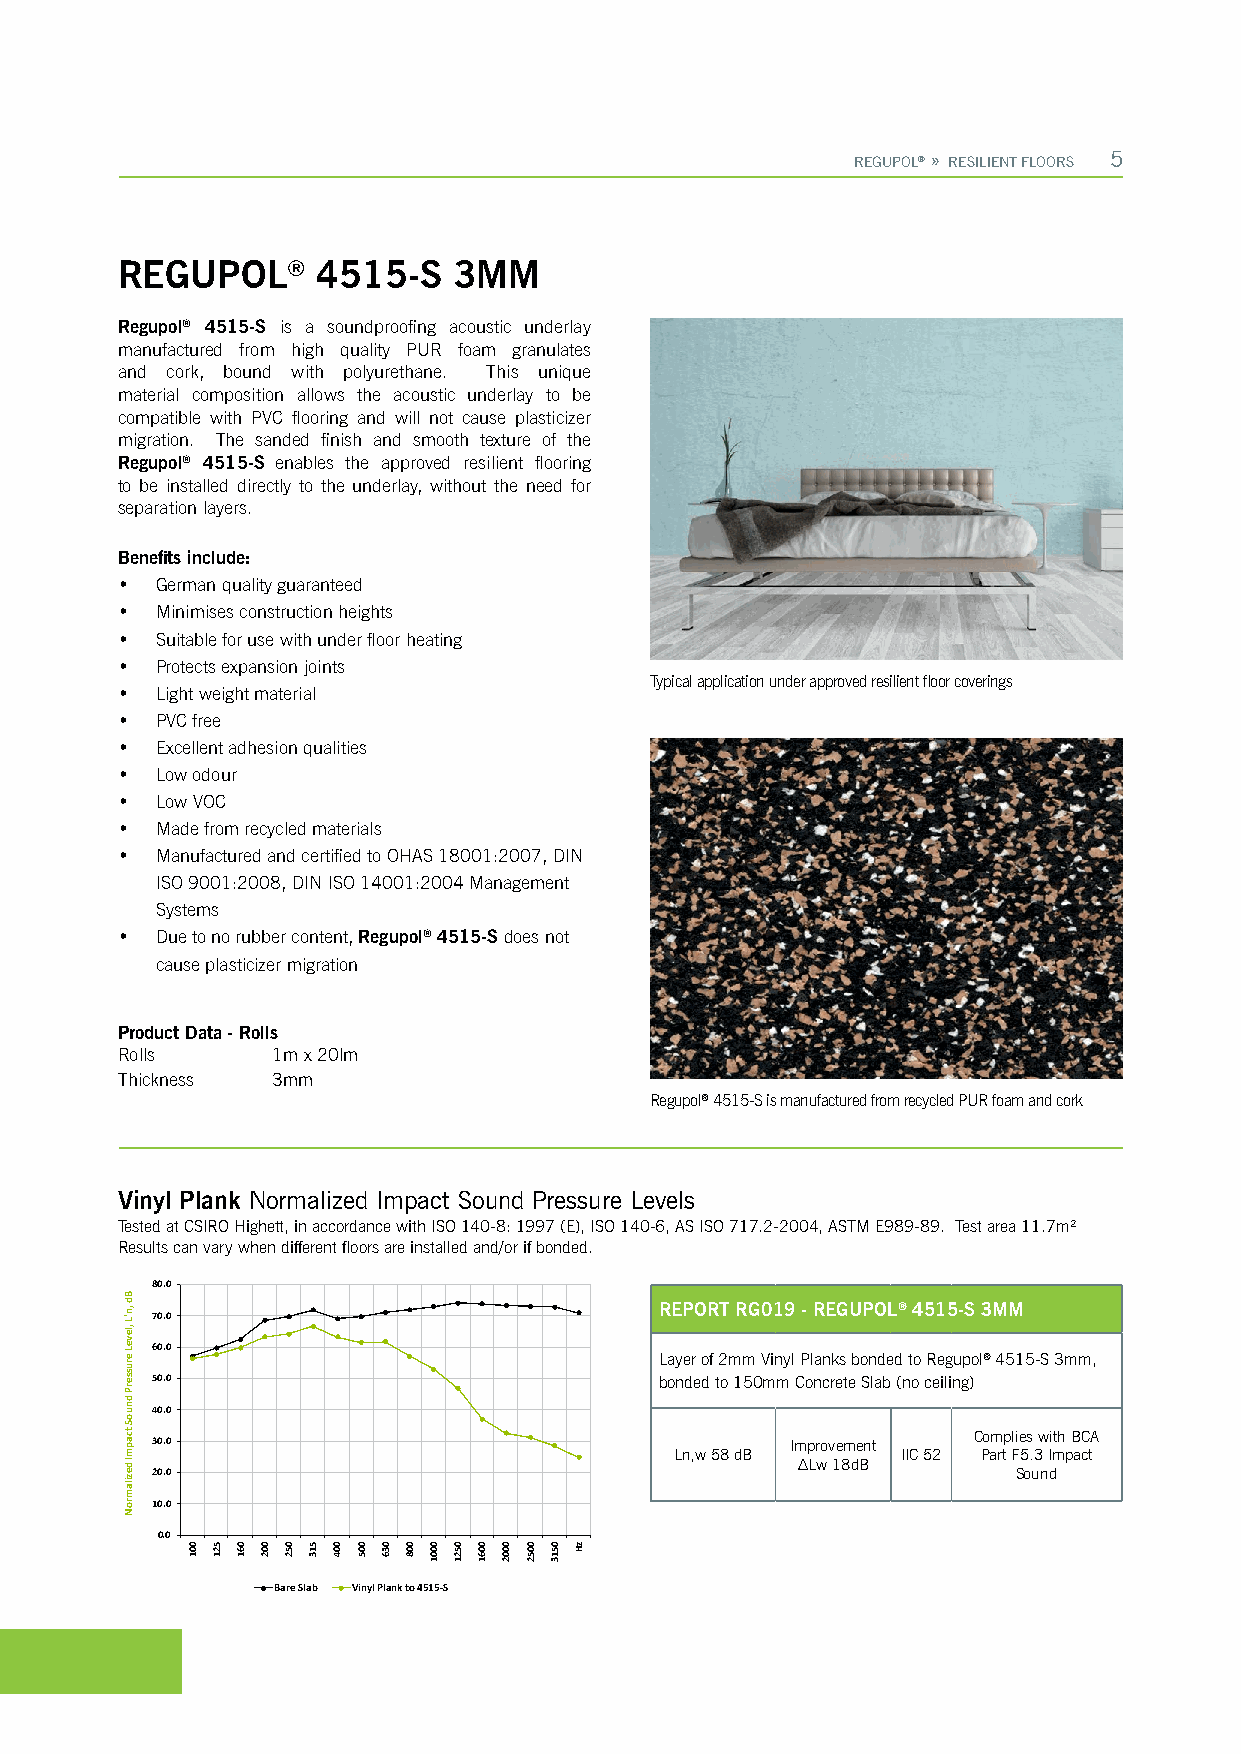
REGUPOL® » RESILIENT FLOORS 5
 REGUPOL®     4515-S   3MM
 Regupol® 4515-S is a soundproofing acoustic underlay
 manufactured from high quality PUR foam granulates
 and cork, bound with polyurethane. This unique
 material composition allows the acoustic underlay to be
 compatible with PVC flooring and will not cause plasticizer
 migration. The sanded finish and smooth texture of the
 Regupol® 4515-S enables the approved resilient flooring
 to be installed directly to the underlay, without the need for
 separation layers.
 Benefits include:
 • German quality guaranteed
 • Minimises construction heights
 • Suitable for use with under floor heating
 • Protects expansion joints
 Typical application under approved resilient floor coverings
 • Light weight material
 • PVC free
 • Excellent adhesion qualities
 • Low odour
 • Low VOC
 • Made from recycled materials
 • Manufactured and certified to OHAS 18001:2007, DIN
 ISO 9001:2008, DIN ISO 14001:2004 Management
 Systems
 • Due to no rubber content, Regupol® 4515-S does not
 cause plasticizer migration
 Product Data - Rolls
 Rolls     1m x 20lm
 Thickness 3mm
 Regupol® 4515-S is manufactured from recycled PUR foam and cork
 Vinyl Plank Normalized Impact Sound Pressure Levels
 Tested at CSIRO Highett, in accordance with ISO 140-8: 1997 (E), ISO 140-6, AS ISO 717.2-2004, ASTM E989-89. Test area 11.7m²
 Results can vary when different floors are installed and/or if bonded.
 80.0
 REPORT RG019 - REGUPOL® 4515-S 3MM 70.0
 60.0
 Layer of 2mm Vinyl Planks bonded to Regupol® 4515-S 3mm,
 50.0                              bonded to 150mm Concrete Slab (no ceiling)
 40.0
 Complies with BCA
 30.0                                      Improvement
 Ln,w 58 dB     IIC 52 Part F5.3 Impact
 ∆Lw 18dB 20.0 Sound
 10.0
 0.0
 Bare Slab Vinyl Plank to 4515-S
 Bd
 ,n'L
 ,leveL
 erusserP
 dnuoS
 tcapmI
 dezilamroN
 001 521 061 002 052 513 004 005 036 008 0001 0521 0061 0002 0052 0513 zH